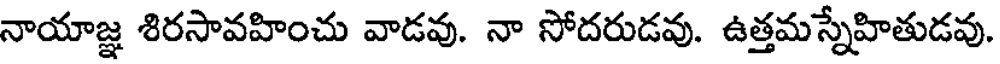
నాయాజ్ఞ శిరసావహించు వాడవు. నా సోదరుడవు. ఉత్తమస్నేహితుడవు.